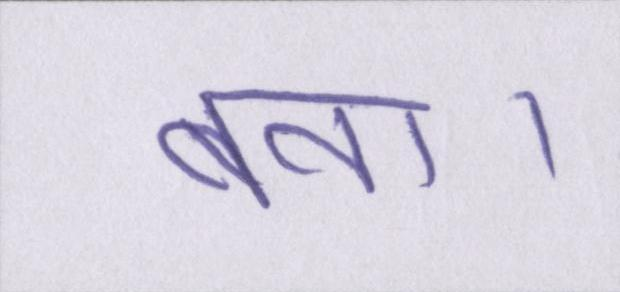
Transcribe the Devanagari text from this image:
बना।